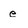
Character: e